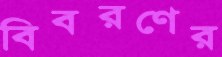
বিবরণের